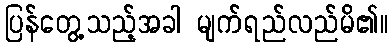
ပြန်တွေ့သည့်အခါ မျက်ရည်လည်မိ၏။